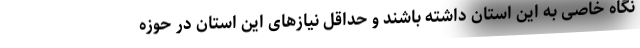
نگاه خاصی به این استان داشته باشند و حداقل نیازهای این استان در حوزه